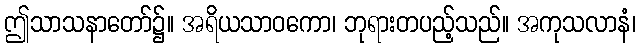
ဤသာသနာတော်၌။ အရိယသာဝကော၊ ဘုရားတပည့်သည်။ အကုသလာနံ၊